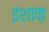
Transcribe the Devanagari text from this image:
इशाक़